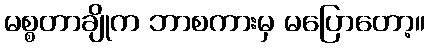
မစ္စတာချိုက ဘာစကားမှ မပြောတော့။